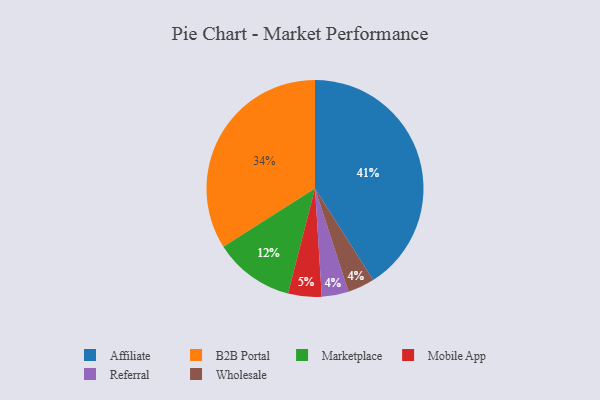
{"axis": {"x": "Category", "y": "Percentage"}, "legend": ["Affiliate", "B2B Portal", "Marketplace", "Mobile App", "Referral", "Wholesale"], "data": [{"x": "Mobile App", "y": 5, "type": "Mobile App"}, {"x": "Marketplace", "y": 12, "type": "Marketplace"}, {"x": "Referral", "y": 4, "type": "Referral"}, {"x": "Wholesale", "y": 4, "type": "Wholesale"}, {"x": "Affiliate", "y": 41, "type": "Affiliate"}, {"x": "B2B Portal", "y": 34, "type": "B2B Portal"}]}